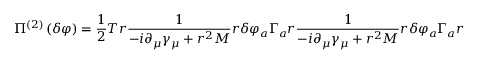
\Pi ^ { \left( 2 \right) } \left( \delta \varphi \right) = \frac 1 2 T r \frac 1 { - i \partial _ { \mu } \gamma _ { \mu } + r ^ { 2 } M } r \delta \varphi _ { a } \Gamma _ { a } r \frac 1 { - i \partial _ { \mu } \gamma _ { \mu } + r ^ { 2 } M } r \delta \varphi _ { a } \Gamma _ { a } r